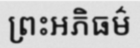
ព្រះអភិធម៌